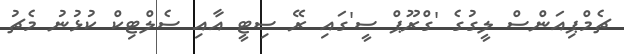
ޗެމްޕިއަންސް ލީގުގެ 'ގްރޫޕް ސީ'ގައި ރޭ ސިޓީ އާއި ސެލްޓިކް ކުޅުނު މެޗު